Leprosy in India: report of the Leprosy Commission in India, 1890-91
Year: 1890
Disease focus: Leprosy
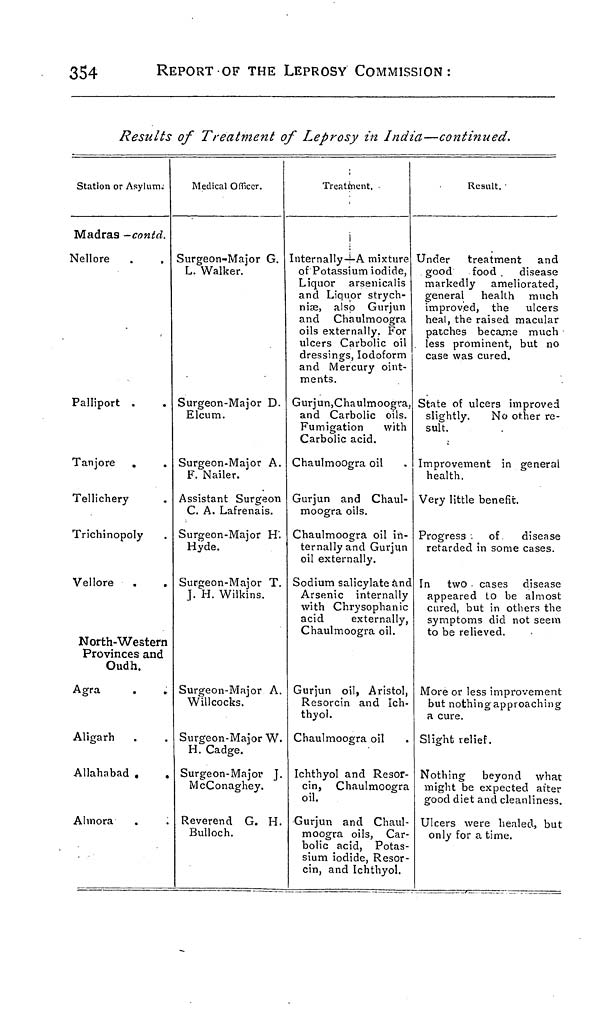
354
REPORT OF THE LEPROSY COMMISSION:
Results of Treatment of Leprosy in India—continued.
Station or Asylum.
Madras -contd.
Nellore
Palliport
Tanjore
Tellichery
Trichinopoly
Vellore
North-Western
Provinces and
Oudh
Agra
Aligarh
Allahabad ,
.
Almora
Medical Officer
Surgeon-Major G.
L. Walker.
Surgeon-Major D.
Elcum
Surgeon-Major A.
F. Nailer.
Assistant Surgeon
C. A. Lafrenais.
Surgeon-Major H'.
Hyde.
Surgeon-Major T.
]. H. Wilkins.
Surgeon-Major A.
Willcocks.
Surgeon-Major W.
H. Cadge.
Surgeon-Major J.
McConaghey.
Reverend G. H.
Bulloch.
Treatment.
Internally—A mixture
of Potassium iodide,
Liquor arsenicalis
and Liquor strych-
niæ, also Gurjun
and Chaulmoogra
oils externally. For
ulcers Carbolic oil
dressings, Iodoform
and Mercury oint-
ments.
Gurjun,Chaulmoogra,
and Carbolic oils.
Fumigation
with
Carbolic acid.
Chaulmoogra oil
Gurjun and Chaul-
moogra oils.
Chaulmoogra oil in-
ternally and Gurjun
oil externally.
Sodium salicylate and
Arsenic internally
with Chrysophanic
acid
externally,
Chaulmoogra oil.
Gurjun oil, Aristol,
Resorcin and Ich-
thyol.
Chaulmoogra oil
Ichthyol and Resor-
cin, Chaulmoogra
oil.
Gurjun and Chaul-
moogra oils, Car-
bolic acid, Potas-
sium iodide, Resor-
cin, and Ichthyol.
Result.
Under treatment and
good
food . disease
markedly ameliorated,
general health much
improved, the ulcers
heal, the raised macular
patches became much
less prominent, but no
case was cured.
State of ulcers improved
slightly.
No other re-
sult.
Improvement in general
health.
Very little benefit.
Progress
of
disease
retarded in some cases.
In two cases disease
appeared to be almost
cured, but in others the
symptoms did not seem
to be relieved.
More or less improvement
but nothing approaching
a cure.
Slight relief.
Nothing beyond what
might be expected after
good diet and cleanliness.
Ulcers were healed, but
only for a time.